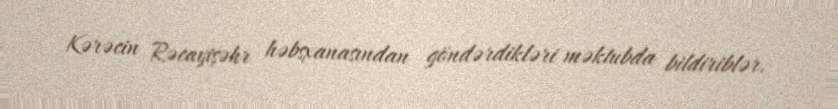
Kərəcin Rəcayişəhr həbsxanasından göndərdikləri məktubda bildiriblər.